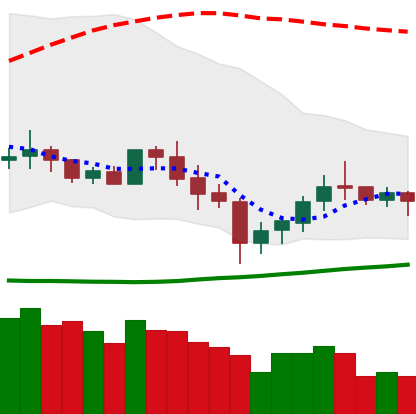
Ticker: XLM-USD
Chart end date: 2020-07-05
Forward return: 32.356%
Label: up_7plus